Laimjala_vallavalitsus, lk 27
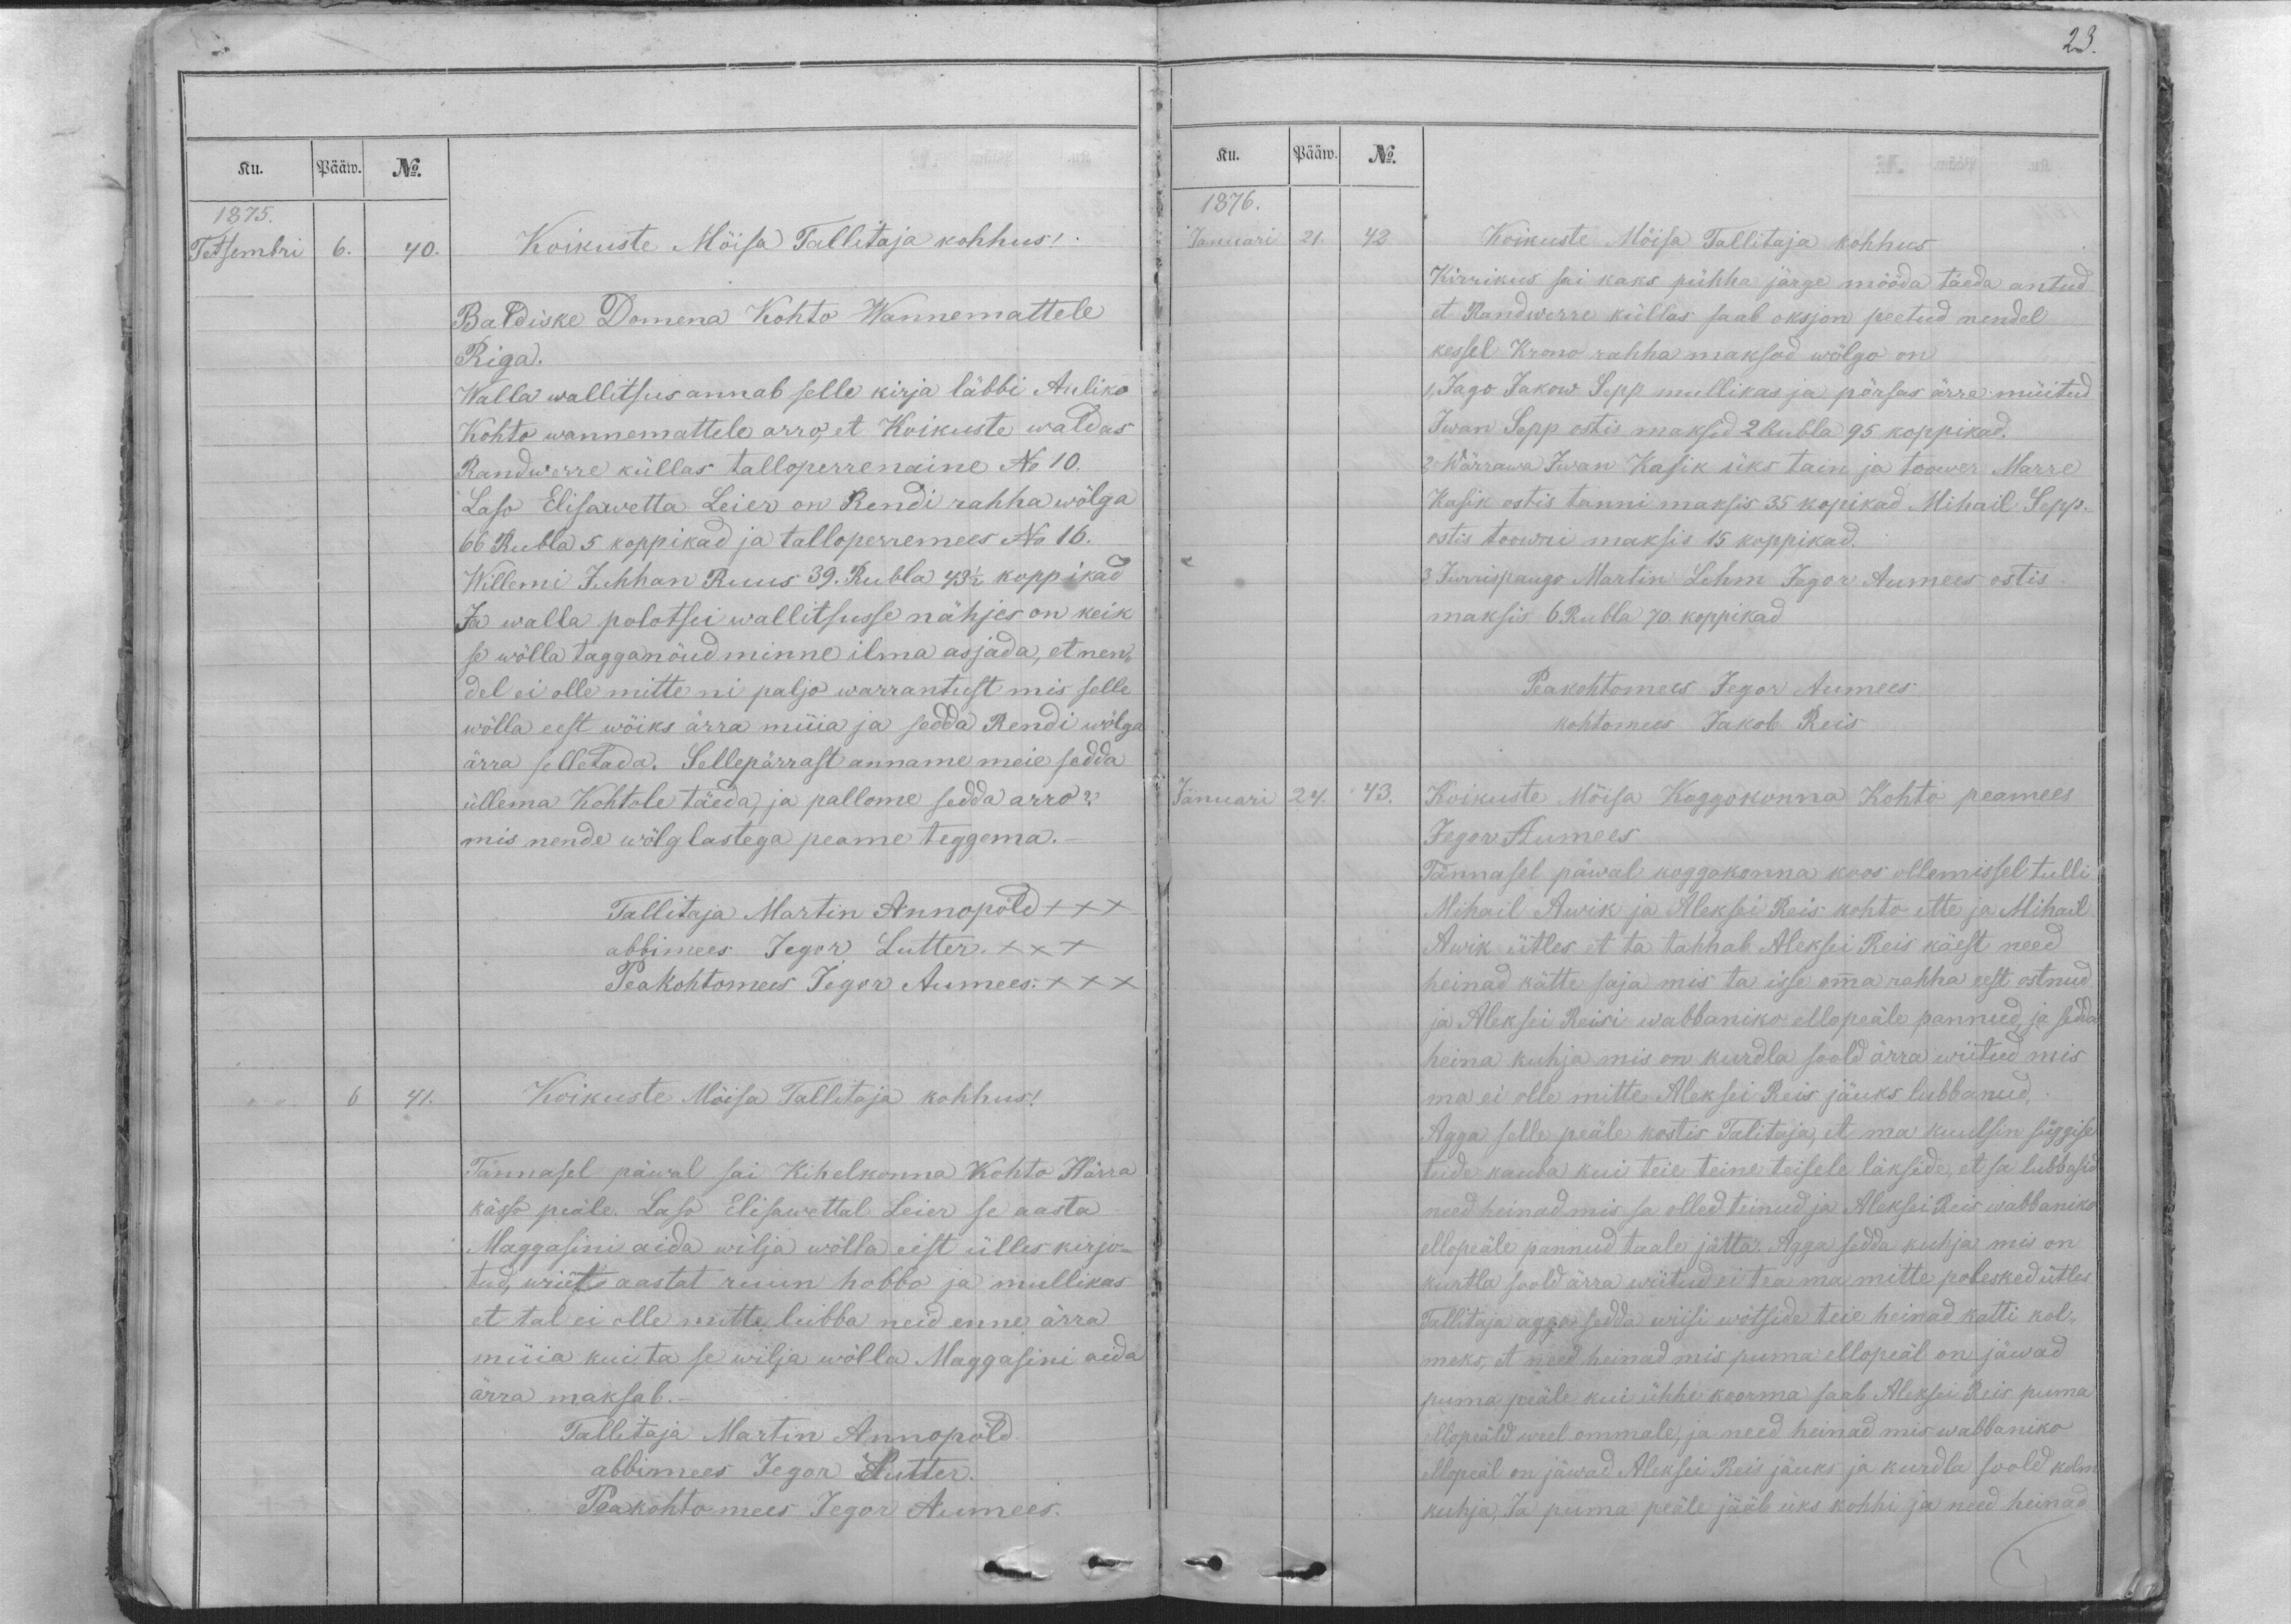
Ku.
Pääw.
No.
1875.
Tetsembri
6.
40.
Koikuste Möisa Tallitaja kohhus!
Baldiske Domena Kohto Wannemattele
Riga.
Walla wallitsus annab selle kirja läbbi Auliko
Kohto wannemattele arro, et Koikuste waldas
Randwerre küllas talloperrenaine No 10.
Laso Elisawetta Leier on Rendi rahha wölga
66 Rubla 5 koppikad ja talloperremees No 16.
Willemi Juhhan Ruus 39. Rubla 43 1/2 koppikad
Ja walla polotsei wallitsusse nähjes on keik
se wölla tagganöudminne ilma asjada, et nen-
del ei olle mitte ni paljo warrantust mis selle
wölla eest wöiks ärra müia ja sedda Rendi wölga
ärra selletada. Sellepärrast anname meie sedda
üllema Kohtole täeda, ja pallome sedda arro?
mis nende wölglastega peame teggema.-
Tallitaja Martin Annopöld XXX
abbimees Jegor Lutter. XXX
Peakohtomees Jegor Aumees. XXX
6
41.
Koikuste Möisa Tallitaja kohhus!
Tännasel päwal sai Kihelkonna Kohto Härra
kässo peäle. Liso Elisawettal Leier se aasta
Maggasini aida wilja wölla eest ülles kirjo-
tud, wiete aastat ruun hobbo ja mullikas
et tal ei olle mitte lubba neid enne ärra
müia kui ta se wilja wölla Maggasini aida
ärra maksab.-
Tallitaja Martin Annopõld.
abbimees Jegor Lutter.
Peakohtomees Jegor Aumees.

23.
Ku.
Pääw.
No.
1876.
Januari
21.
42
Koikuste Möisa Tallitaja kohhus
Kirrikus sai kaks pühha järge mööda täeda antud
et Randwerre küllas saab oksjon peetud nendel
kessel Krono rahha maksod wölgo on
1,  Jago Jakow Sepp mullikas ja pörsas ärra müitud
Iwan Sepp ostis maksid 2 Rubla 95 koppikad.
2, Wärrawa Iwan Kasik üks tain ja toower Marre
Kasik ostis tanni maksis 35 kopikad Mihail Sepp.
ostis toowri maksis 15 koppikad.
3, Jurrispaugo Martin Lehm Jegor Aumees ostis
maksis 6 Rubla 70. koppikad
Peakohtomees Jegor Aumees
kohtomees Jakob Reis
Januari
24.
43.
Koikuste Mõisa Koggokonna Kohto peamees
Jegor Aumees
Tännasel päwal koggokonna koos ollemissel tulli
Mihail Awik ja Aleksei Reis kohto ette ja Mihail
Awik ütles et ta tahhab Aleksei Reis käest need
heinad kätte saja mis ta isse omma rahha eest ostnud
ja Aleksei Reisi wabbaniko ellopeäle pannud, ja sedda
heina kuhja mis on kurdla soold ärra wiitud mis
ma ei olle mitte Aleksei Reis jäuks lubbanud,
Agga selle peäle kostis Talitaja, et ma kuulsin süggise
teide kauba kui teie teine teisele läkside, et sa lubbasid
need heinad mis sa olled teinud ja Aleksei Reis wabbaniko
ellopeäle pannud taale jätta. Agga sedda kuhja mis on
kurtla soold ärra wiitud ei tea ma mitte polesked ütles
Tallitaja agga sedda wiisi wõtside teie heinad katti kol-
meks, et need heinad mis puma ellopeäl on jäwad
puma peäle kui ühhe koorma saab Aleksei Reis puma
ellopeäld weel ommale, ja need heinad mis wabbaniko
ellopeäl on jäwad Aleksei Reis jäuks ja kurdla soold kolm
kuhja, Ja puma peäle jääb üks kohhi ja need heinad